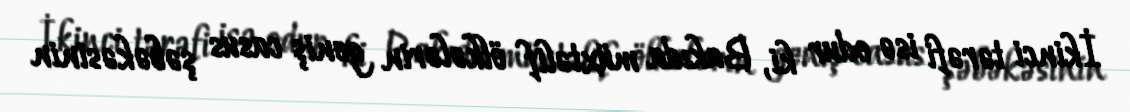
İkinci tərəfi isə odur ki, Bakıda müxtəlif ölkələrin geniş casus şəbəkəsinin